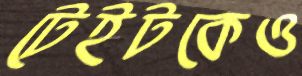
টেইটকেও